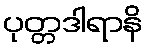
ပုတ္တဒါရာနိ